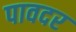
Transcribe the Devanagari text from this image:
पावदर